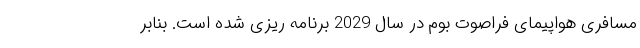
مسافری هواپیمای فراصوت بوم در سال 2029 برنامه ریزی شده است. بنابر